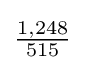
{\tfrac {1,248}{515}}